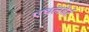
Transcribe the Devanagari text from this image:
एथलबेर्ट